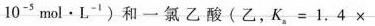
10-5mol·L-')和一氯乙酸(乙，K。=1.4×